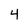
Character: 4